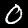
Digit: 0